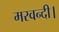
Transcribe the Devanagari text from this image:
मरवन्दी।